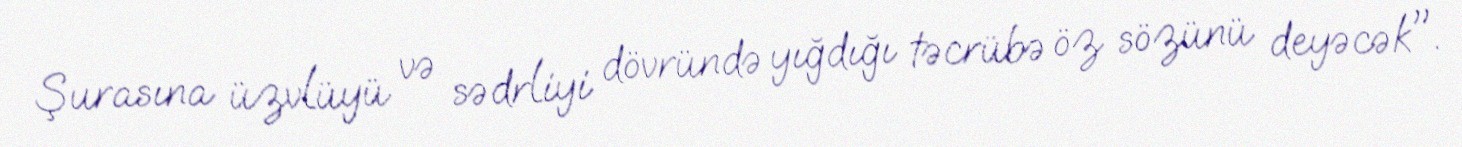
Şurasına üzvlüyü və sədrliyi dövründə yığdığı təcrübə öz sözünü deyəcək".